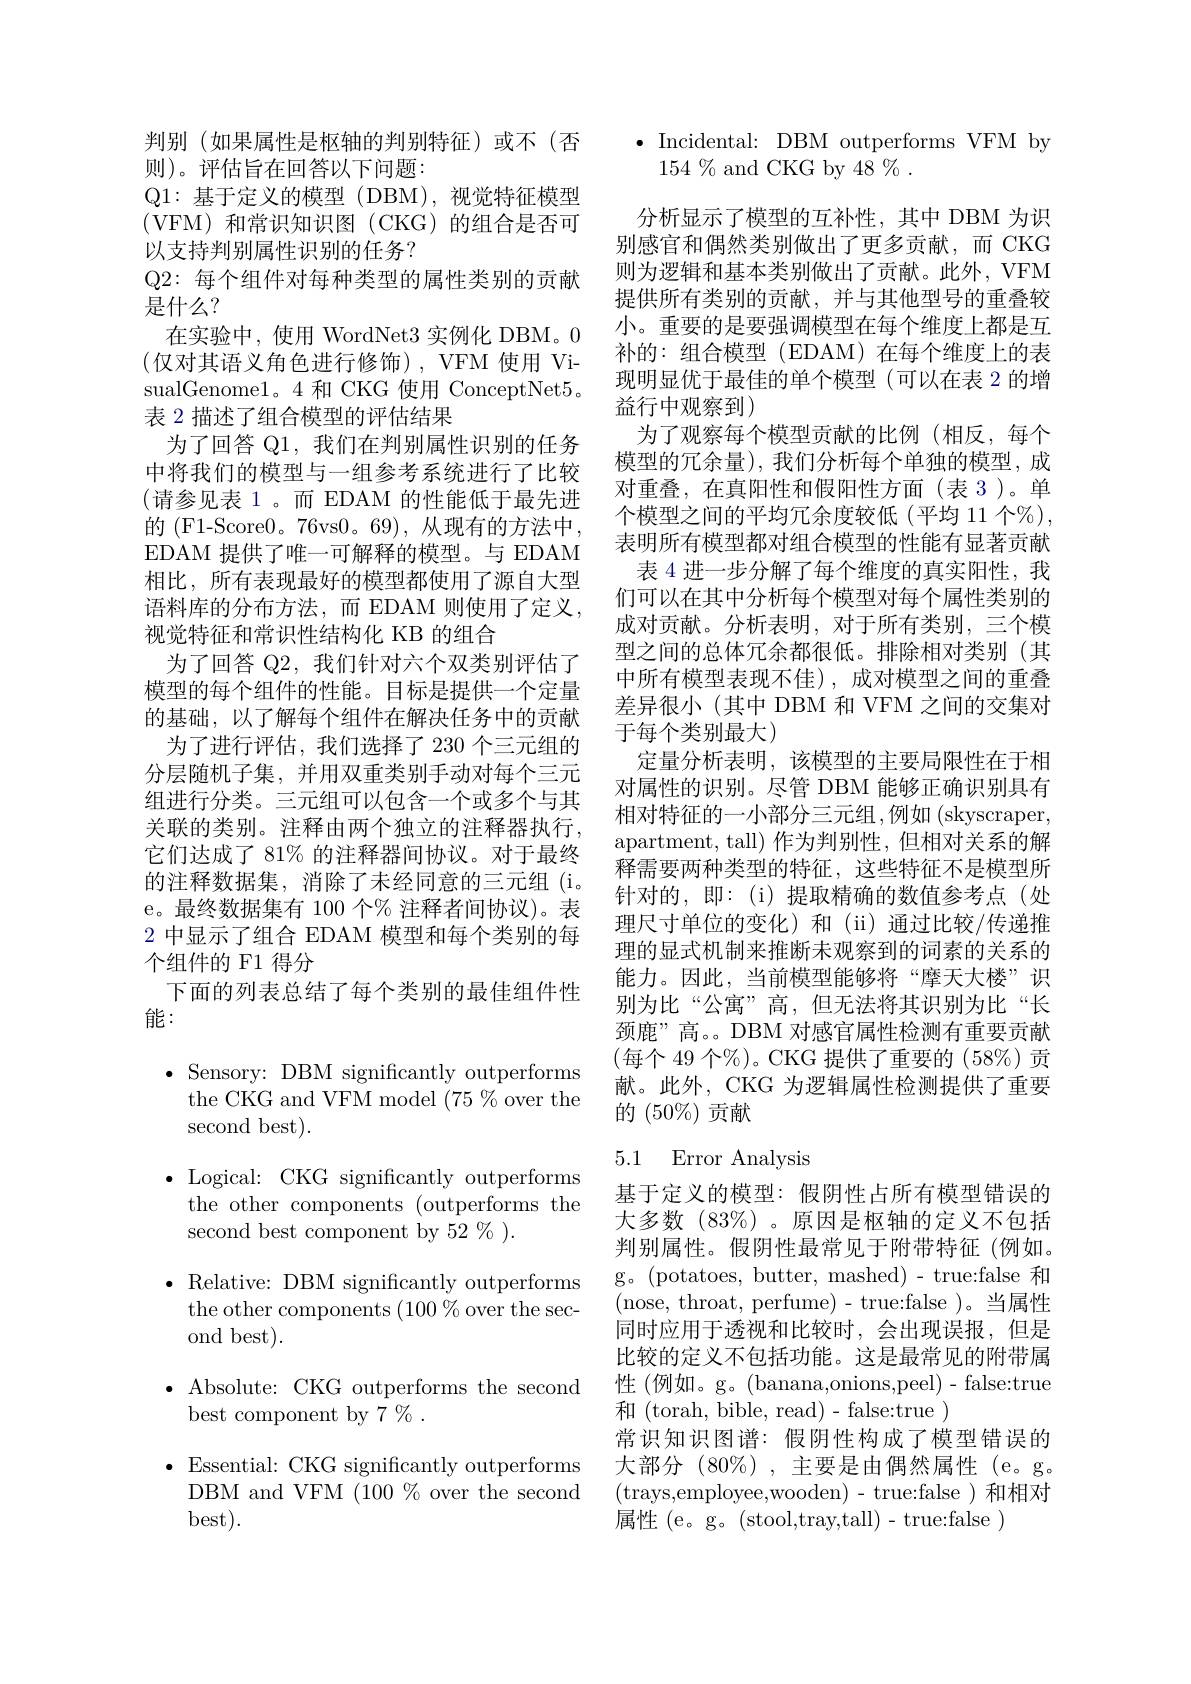
Q2: 每个组件对每种类型的属性类别的贡献
是什么？

判别(如果属性是枢轴的判别特征)或不(否
则)。评估旨在回答以下问题：
Q1: 基 于 定 义 的 模 型 ( DBM) , 视觉特征模型(VFM)和常识知识图(CKG)的组合是否可以支持判别属性识别的任务？
在实验中，使用 WordNet3 实例化 DBM。0 (仅对其语义角色进行修饰),VFM 使用 VisualGenomel。4 和 CKG 使用 ConceptNet5。表 2 描述了组合模型的评估结果
为了回答 Q1, 我们在判别属性识别的任务中将我们的模型与一组参考系统进行了比较(请参见表 1。而 EDAM 的性能低于最先进的 (F1-Score0。76vs0。69), 从现有的方法中， EDAM 提供了唯一可解释的模型。与 EDAM 相比，所有表现最好的模型都使用了源自大型语料库的分布方法，而 EDAM 则使用了定义， 视觉特征和常识性结构化 KB 的组合
为了回答 Q2, 我们针对六个双类别评估了模型的每个组件的性能。目标是提供一个定量的基础，以了解每个组件在解决任务中的贡献
为了进行评估，我们选择了 230 个三元组的分层随机子集，并用双重类别手动对每个三元组进行分类。三元组可以包含一个或多个与其关联的类别。注释由两个独立的注释器执行， 它们达成了 81% 的注释器间协议。对于最终的注释数据集，消除了未经同意的三元组(i。e。最终数据集有 100 个% 注释者间协议)。表2 中显示了组合 EDAM 模型和每个类别的每个组件的 F1 得分
下面的列表总结了每个类别的最佳组件性
能：
$\bullet$ Sensory: DBM significantly outperforms

the CKG and VFM model $(75\%$over the
second best).
$\bullet$ Logical: CKG significantly outperforms
the other components (outperforms the
second best component by 52 % ).
$\bullet$ Relative: DBM significantly outperforms
the other components $(100\%$over the sec-
ond best).
$\bullet$ Absolute: CKG outperforms the second
best component by 7 % .
$\bullet$ Essential: CKG significantly outperforms
DBM and VFM (100 % over the second
best).

$\bullet$Incidental: DBM outperforms VFM by

$154\%$and CKG by $48\%.$
分析显示了模型的互补性，其中 DBM 为识别感官和偶然类别做出了更多贡献，而 CKG 则为逻辑和基本类别做出了贡献。此外，VFM 提供所有类别的贡献，并与其他型号的重叠较小。重要的是要强调模型在每个维度上都是互补的：组合模型(EDAM)在每个维度上的表现明显优于最佳的单个模型(可以在表 2 的增益行中观察到)
为了观察每个模型贡献的比例(相反，每个模型的冗余量),我们分析每个单独的模型，成对重叠，在真阳性和假阳性方面(表 3)。单个模型之间的平均冗余度较低(平均 11 个%), 表明所有模型都对组合模型的性能有显著贡献表 4 进一步分解了每个维度的真实阳性，我
们可以在其中分析每个模型对每个属性类别的成对贡献。分析表明，对于所有类别，三个模型之间的总体冗余都很低。排除相对类别(其中所有模型表现不佳),成对模型之间的重叠差异很小(其中 DBM 和 VFM 之间的交集对于每个类别最大)
定量分析表明，该模型的主要局限性在于相对属性的识别。尽管 DBM 能够正确识别具有相对特征的一小部分三元组 ,例如 (skyscraper, apartment, tall) 作为判别性，但相对关系的解释需要两种类型的特征，这些特征不是模型所针对的，即：(i)提取精确的数值参考点(处理尺寸单位的变化)和(ii)通过比较/传递推理的显式机制来推断未观察到的词素的关系的能力。因此，当前模型能够将“摩天大楼”识别为比“公寓”高，但无法将其识别为比“长颈鹿”高。。DBM 对感官属性检测有重要贡献(每个 49 个%)。CKG 提供了重要的(58%) 贡献。此外，CKG 为逻辑属性检测提供了重要的$(50\%)$贡献

## 5.1 Error Analysis

基于定义的模型：假阴性占所有模型错误的大多数 (83%) 。原因是枢轴的定义不包括判别属性。假阴性最常见于附带特征(例如。g。(potatoes,butter,mashed)-true:false 和(nose, throat, perfume)- true:false )。当属性同时应用于透视和比较时，会出现误报，但是比较的定义不包括功能。这是最常见的附带属性 (例如。g。(banana,onions,peel)-false:true 和( torah, bible, read) - false: true
常识知识图谱：假阴性构成了模型错误的大部分$(80\%)$,主要是由偶然属性 (e。g。(trays,employee,wooden)-true:false)和相对属性 (e。g。(stool,tray,tall)-true:false)